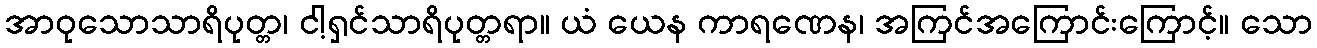
အာဝုသောသာရိပုတ္တ၊ ငါ့ရှင်သာရိပုတ္တရာ။ ယံ ယေန ကာရဏေန၊ အကြင်အကြောင်းကြောင့်။ သော